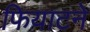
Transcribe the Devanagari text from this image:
फियाटने